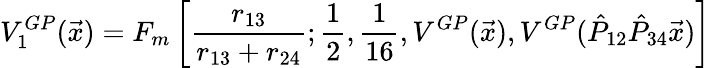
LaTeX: V_{1}^{GP}(\vec{x})=F_{m}\left[\frac{r_{13}}{r_{13}+r_{24}};\frac{1}{2},\frac{1}{16},V^{GP}(\vec{x}),V^{GP}(\hat{P}_{12}\hat{P}_{34}\vec{x})\right]